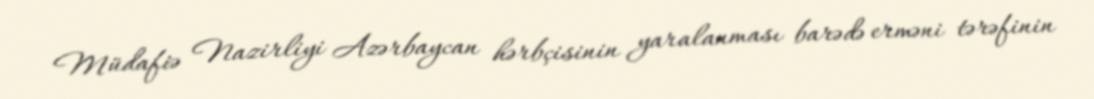
Müdafiə Nazirliyi Azərbaycan hərbçisinin yaralanması barədə erməni tərəfinin